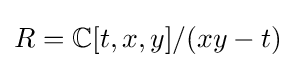
R=\mathbb {C} [t,x,y]/(xy-t)